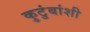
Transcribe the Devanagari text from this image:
कुटुंबांशी